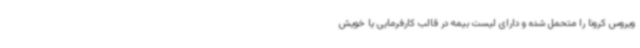
ویروس کرونا را متحمل شده و دارای لیست بیمه در قالب کارفرمایی یا خویش